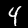
Digit: 4